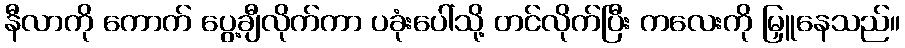
နီလာကို ကောက် ပွေ့ချီလိုက်ကာ ပခုံးပေါ်သို့ တင်လိုက်ပြီး ကလေးကို မြှူနေသည်။